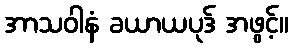
အာသဝါနံ ခယာယပုဒ် အဖွင့်။